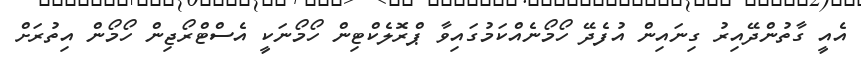
އެއީ ގާތުންދޭއިރު ގިނައިން އުފެދޭ ހޯމޯނެއްކަމުގައިވާ ޕްރޮލެކްޓިން ހޯމޯނަކީ އެސްޓްރޯޖިން ހޯމޯން އިތުރަށް